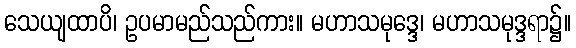
သေယျထာပိ၊ ဥပမာမည်သည်ကား။ မဟာသမုဒ္ဒေ၊ မဟာသမုဒ္ဒရာ၌။